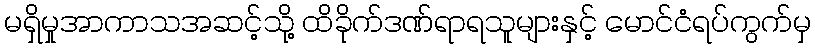
မရှိမှုအာကာသအဆင့်သို့ ထိခိုက်ဒဏ်ရာရသူများနှင့် မောင်ငံရပ်ကွက်မှ